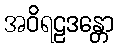
အဝိရဠဒန္တော